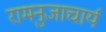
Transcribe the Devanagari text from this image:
रामनुजाचार्य